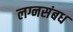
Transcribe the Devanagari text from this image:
लग्नसंबध